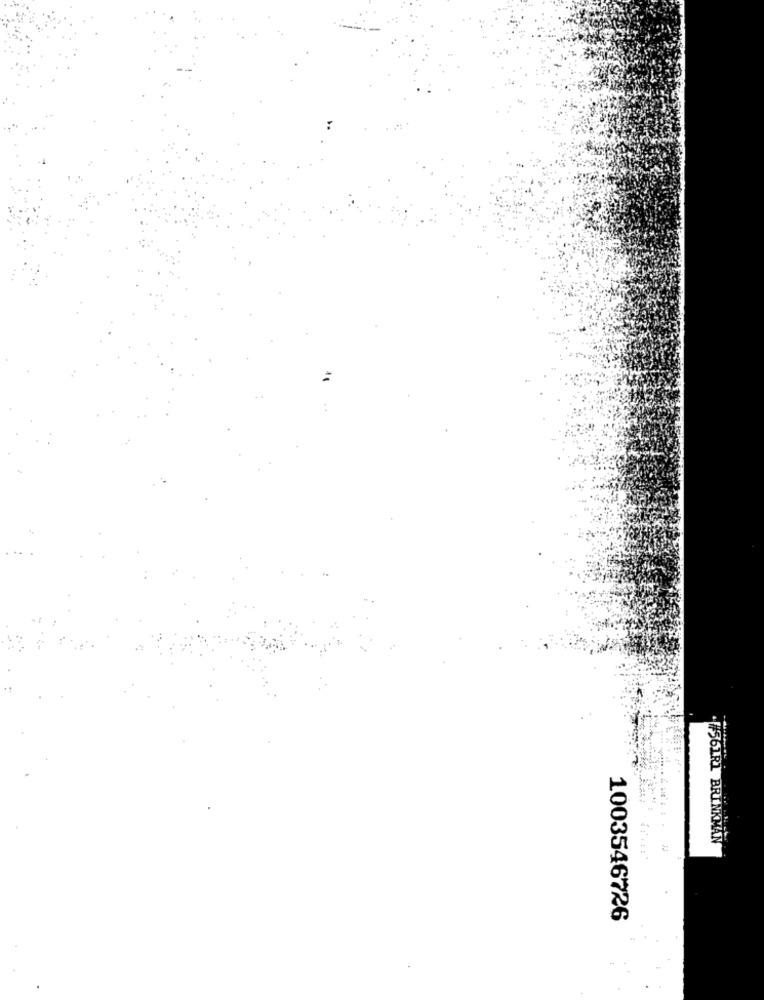
.561R] BRINKMAN
JJ
1003546726